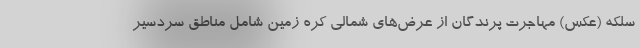
سلکه (عکس) مهاجرت پرندگان از عرض‌های شمالی کره زمین شامل مناطق سردسیر